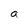
Character: a